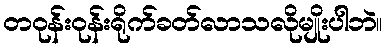
တဝုန်းဝုန်းရိုက်ခတ်လာသလိုမျိုးပါဘဲ။